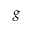
g